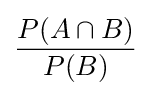
{\frac {P(A\cap B)}{P(B)}}